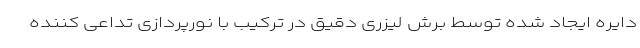
دایره ایجاد شده توسط برش لیزری دقیق در ترکیب با نورپردازی تداعی کننده